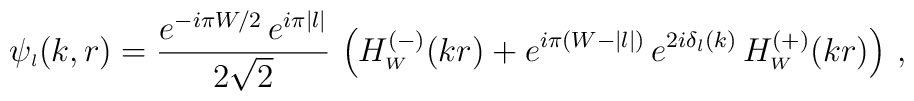
\psi_{\scriptscriptstyle{l}}(k,r)=\frac{ e^{- i \pi W/2}\, e^{i \pi |l|} }{2 \sqrt 2} \,\left(H_{\scriptscriptstyle{W}}^{(-)}(kr) +e^{ i \pi (W - |l|)}\, e^{2 i \delta_l(k)}\,H_{\scriptscriptstyle{W}}^{(+)}(kr)\right)\,,